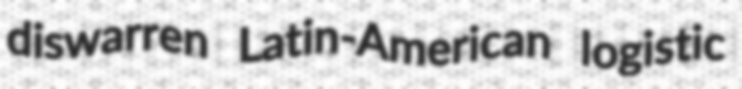
diswarren Latin-American logistic